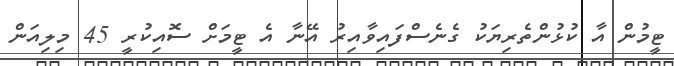
ޓީމުން އާ ކުޅުންތެރިޔަކު ގެނެސްފައިވާއިރު އޭނާ އެ ޓީމަށް ސޮއިކުރީ 45 މިލިއަން